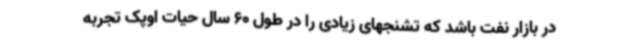
در بازار نفت باشد که تشنجهای زیادی را در طول 60 سال حیات اوپک تجربه